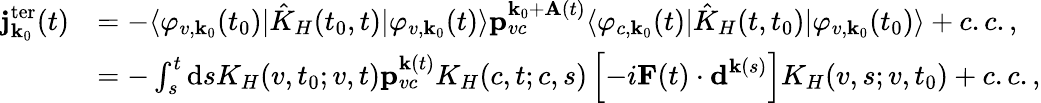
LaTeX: \begin{array}{rl}{\textbf{j}_{\textbf{k}_{0}}^{\mathrm{ter}}(t)}&{=-\langle\varphi_{v,\textbf{k}_{0}}(t_{0})|\hat{K}_{H}(t_{0},t)|\varphi_{v,\textbf{k}_{0}}(t)\rangle\textbf{p}_{vc}^{\textbf{k}_{0}+\textbf{A}(t)}\langle\varphi_{c,\textbf{k}_{0}}(t)|\hat{K}_{H}(t,t_{0})|\varphi_{v,\textbf{k}_{0}}(t_{0})\rangle+c.c.,}\\ &{=-\int_{s}^{t}\mathrm{d}sK_{H}(v,t_{0};v,t)\textbf{p}_{vc}^{\textbf{k}(t)}K_{H}(c,t;c,s)\left[-i\textbf{F}(t)\cdot\textbf{d}^{\textbf{k}(s)}\right]K_{H}(v,s;v,t_{0})+c.c.,}\end{array}